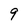
Character: 9